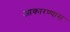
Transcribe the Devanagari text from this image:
आकारण्यास